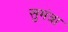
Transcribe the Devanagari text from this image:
सुमंत्रा